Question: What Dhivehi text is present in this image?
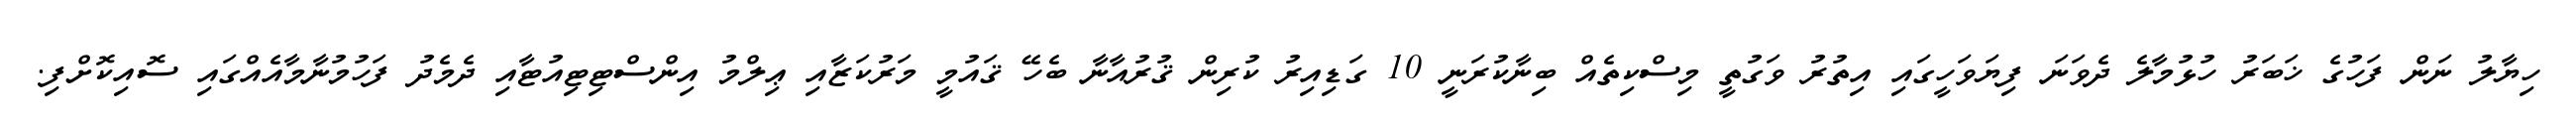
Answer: ހިޔާލު ނަން ފަހުގެ ޚަބަރު ހުޅުމާލެ ދެވަނަ ފިޔަވަހީގައި އިތުރު ވަގުތީ މިސްކިތެއް ބިނާކުރަނީ 10 ގަޑިއިރު ކުރިން ޤުރުއާނާ ބެހޭ ޤައުމީ މަރުކަޒާއި ޢިލްމު އިންސްޓިޓިއުޓާއި ދެމެދު ފަހުމުނާމާއެއްގައި ސޮއިކޮށްފި.